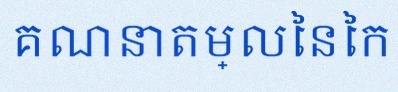
គណនាតម្លៃនៃកន្សោម